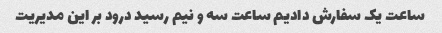
ساعت یک سفارش دادیم ساعت سه و نیم رسید درود بر این مدیریت